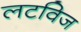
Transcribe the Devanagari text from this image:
लटविज